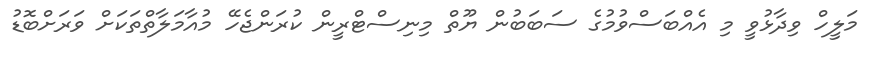
މަލީހް ވިދާޅުވީ މި އެއްބަސްވުމުގެ ސަބަބުން ޔޫތް މިނިސްޓްރީން ކުރަންޖެހޭ މުއާމަލާތްތަކަށް ވަރަށްބޮޑު